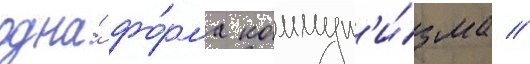
одна́ фо́рма коммун'и́зма //